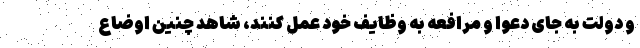
و دولت به جای دعوا و مرافعه به وظایف خود عمل کنند، شاهد چنین اوضاع